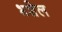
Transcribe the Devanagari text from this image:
भशेल